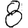
Digit: 8